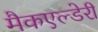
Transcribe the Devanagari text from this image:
मैकएल्डेरी